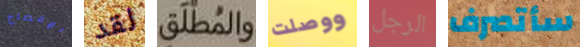
الإفصاح لقد والمطلق ووصلت الرجل سأتصرف